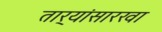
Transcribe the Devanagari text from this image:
तार्‍यांसारखा